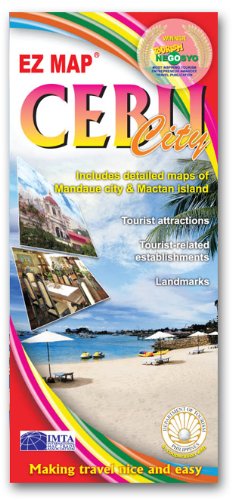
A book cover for Cebu City (Philippine); EZ Map; Travel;